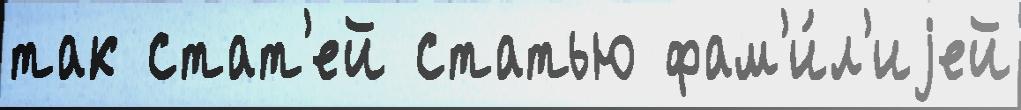
так стат'ей статью фам'и́л'иjей